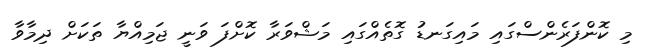
މި ކޮންފަރެންސްގައި މައިގަނޑު ގޮތެއްގައި މަޝްވަރާ ކޮށްފަ ވަނީ ޖަމިއްޔާ ތަކަށް ދިމާވާ